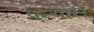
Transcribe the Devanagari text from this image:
एन्योस